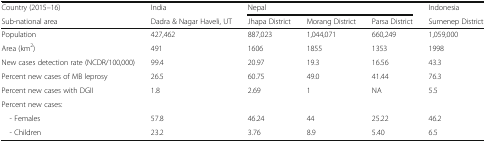
<table><thead><tr><td><b>Country (2015–16)</b></td><td><b>India</b></td><td colspan="3"><b>Nepal</b></td><td><b>Indonesia</b></td></tr><tr><td><b>Sub-national area</b></td><td><b>Dadra &amp; Nagar Haveli, UT</b></td><td><b>Jhapa District</b></td><td><b>Morang District</b></td><td><b>Parsa District</b></td><td><b>Sumenep District</b></td></tr></thead><tbody><tr><td>Population</td><td>427,462</td><td>887,023</td><td>1,044,071</td><td>660,249</td><td>1,059,000</td></tr><tr><td>Area (km<sup>2</sup>)</td><td>491</td><td>1606</td><td>1855</td><td>1353</td><td>1998</td></tr><tr><td>New cases detection rate (NCDR/100,000)</td><td>99.4</td><td>20.97</td><td>19.3</td><td>16.56</td><td>43.3</td></tr><tr><td>Percent new cases of MB leprosy</td><td>26.5</td><td>60.75</td><td>49.0</td><td>41.44</td><td>76.3</td></tr><tr><td>Percent new cases with DGII</td><td>1.8</td><td>2.69</td><td>1</td><td>NA</td><td>5.5</td></tr><tr><td colspan="6">Percent new cases:</td></tr><tr><td> - Females</td><td>57.8</td><td>46.24</td><td>44</td><td>25.22</td><td>46.2</td></tr><tr><td> - Children</td><td>23.2</td><td>3.76</td><td>8.9</td><td>5.40</td><td>6.5</td></tr></tbody></table>